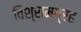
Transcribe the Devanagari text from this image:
विश्रामग्रह